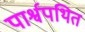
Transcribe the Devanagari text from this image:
पार्श्वपथित